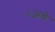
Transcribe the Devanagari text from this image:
८अचे